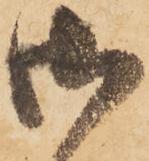
御